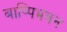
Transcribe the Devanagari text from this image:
बाष्पिभवन